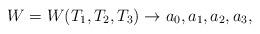
LaTeX: \begin{align*}W =W(T_1,T_2,T_3)\rightarrow a_0,a_1,a_2,a_3,\end{align*}